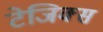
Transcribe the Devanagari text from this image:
टेजिक्स